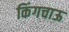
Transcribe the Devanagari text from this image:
किंगचाऊ